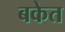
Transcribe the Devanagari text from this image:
बकेत